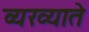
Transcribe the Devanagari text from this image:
व्यख्याते